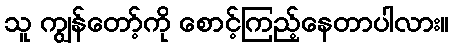
သူ ကျွန်တော့်ကို စောင့်ကြည့်နေတာပါလား။